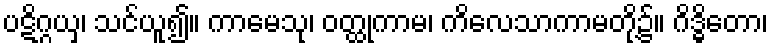
ပဋိဂ္ဂယှ၊ သင်ယူ၍။ ကာမေသု၊ ဝတ္ထုကာမ၊ ကိလေသာကာမတို့၌။ ဂိဒ္ဓိတော၊